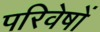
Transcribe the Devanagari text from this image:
परिवेषों